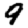
Digit: 9